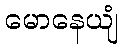
မောနေယျံ